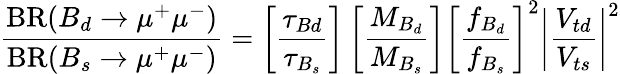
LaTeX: \frac{\mathrm{BR}(B_{d}\to\mu^{+}\mu^{-})}{\mathrm{BR}(B_{s}\to\mu^{+}\mu^{-})}=\left[\frac{\tau_{Bd}}{\tau_{B_{s}}}\right]\left[\frac{M_{B_{d}}}{M_{B_{s}}}\right]\left[\frac{f_{B_{d}}}{f_{B_{s}}}\right]^{2}\left|\frac{V_{td}}{V_{ts}}\right|^{2}